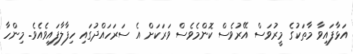
އަޅާފައިވާ މާތަކުގެ މީރުވަސް އޭރުވެސް ކޮންމެވެސް ވަރަކަށް އެ ސަރަހައްދުގައި ހިފާލާފައިވެއެވެ. މިންހާ